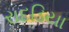
રાદડિયા